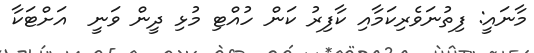
މާނައީ: ފިތުނަވެރިކަމާއި ކާފިރު ކަން ހުއްޓި މުޅި ދީން ވަނީ  އަށްޓަކާ